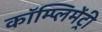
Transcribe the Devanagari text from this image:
कॉम्‍प्‍लिमेंट्री